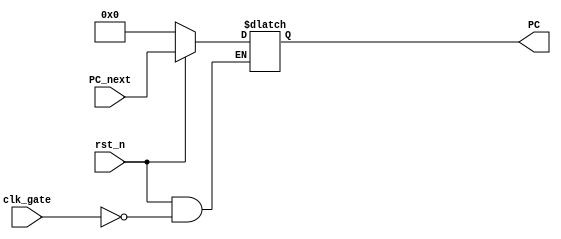
`timescale 1ns / 1ps
//////////////////////////////////////////////////////////////////////////////////
// Company: 
// Engineer: 
// 
// Design Name: 
// Module Name: ProgramCounter_Register
// Project Name: 
// Target Devices: 
// Tool Versions: 
// Description: 
// 
// Dependencies: 
// 
// Revision:
// Revision 0.01 - File Created
// Additional Comments:
// 
//////////////////////////////////////////////////////////////////////////////////


module ProgramCounter_Register(
    //input clk,
    input clk_gate,
    input rst_n,
    input [31 : 0] PC_next,
    output reg [31:0] PC
    );
    
    //TODO : Add functionality to modify PC after branch and jump instructions
    
    always@(*)
    begin
        if(rst_n == 1'b0)
        begin
            PC <= 0;
        end
        
        else if(clk_gate == 1'b1)
        begin
            //PC <= PC + 4;
            PC <= PC_next;
        end
    end
    
endmodule